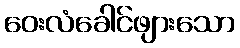
ဝေးလံခေါင်ဖျားသော